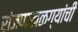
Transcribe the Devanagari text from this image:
रांजणखळग्यांची